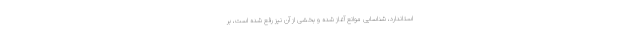
استاندارد، شناسایی موانع آغاز شده و بخشی از آن نیز رفع شده است، بر